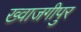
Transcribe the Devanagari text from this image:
ख्वाजगीपुर